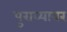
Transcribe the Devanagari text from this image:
पुराव्यावर